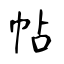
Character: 帖